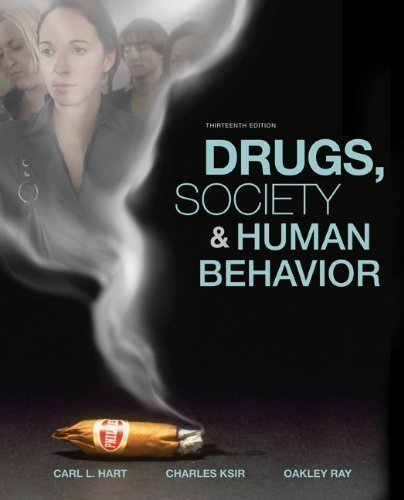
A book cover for Drugs, Society, and Human Behavior by Hart, Carl, Ksir, Charles, Ray, Oakley 13th (thirteenth) Edition [Paperback(2008)]; Medical Books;